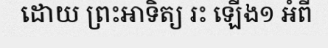
ដោយ ព្រះអាទិត្យ រះ ឡើង១ អំពី